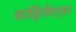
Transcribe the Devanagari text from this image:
वाहिलेल्‍या